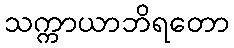
သက္ကာယာဘိရတော